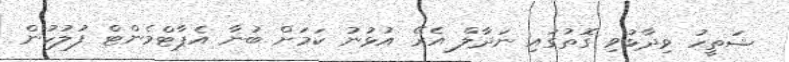
ޝަތީހު ވިދާޅުވި ގޮތުގައި ނަދާލް އެރޭ އުޅުނު ކަމަށް ބުނާ އެޕާޓްމެންޓް ފުލުހުން